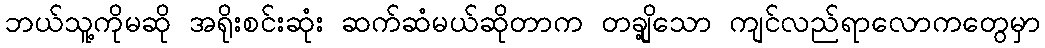
ဘယ်သူ့ကိုမဆို အရိုးစင်းဆုံး ဆက်ဆံမယ်ဆိုတာက တချို့သော ကျင်လည်ရာလောကတွေမှာ